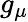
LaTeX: g_{\mu}